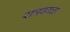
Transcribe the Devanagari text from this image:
रात्रबगळा